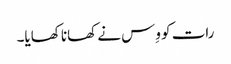
رات کو وِس نے کھانا کھایا۔